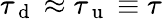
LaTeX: \tau_{\mathrm{~d~}}\approx\tau_{\mathrm{~u~}}\equiv\tau